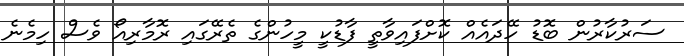
ސަރުކާރުން ބޮޑު ހޭދައެއް ކޮށްފައިވާތީ ފާޑުކީ މީހުންގެ ތެރޭގައި ރޮމާރިއޯ ވެސް ހިމެނެ